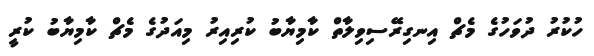
ހުކުރު ދުވަހުގެ މެޗް އިނގިރޭސިވިލާތް ކާމިޔާބު ކުރިއިރު މިއަދުގެ މެޗް ކާމިޔާބު ކުރީ